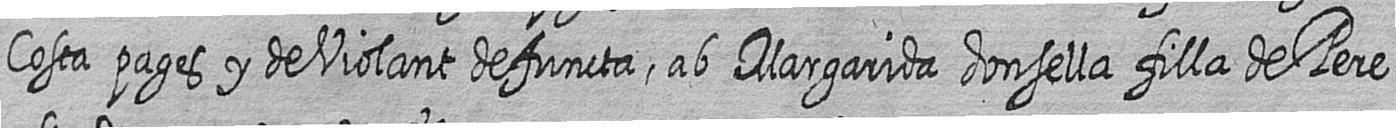
Costa pages y de Violant defuncta ab Margarida donsella filla de Pere